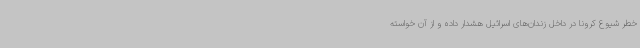
خطر شیوع کرونا در داخل زندان‌های اسرائیل هشدار داده و از آن خواسته